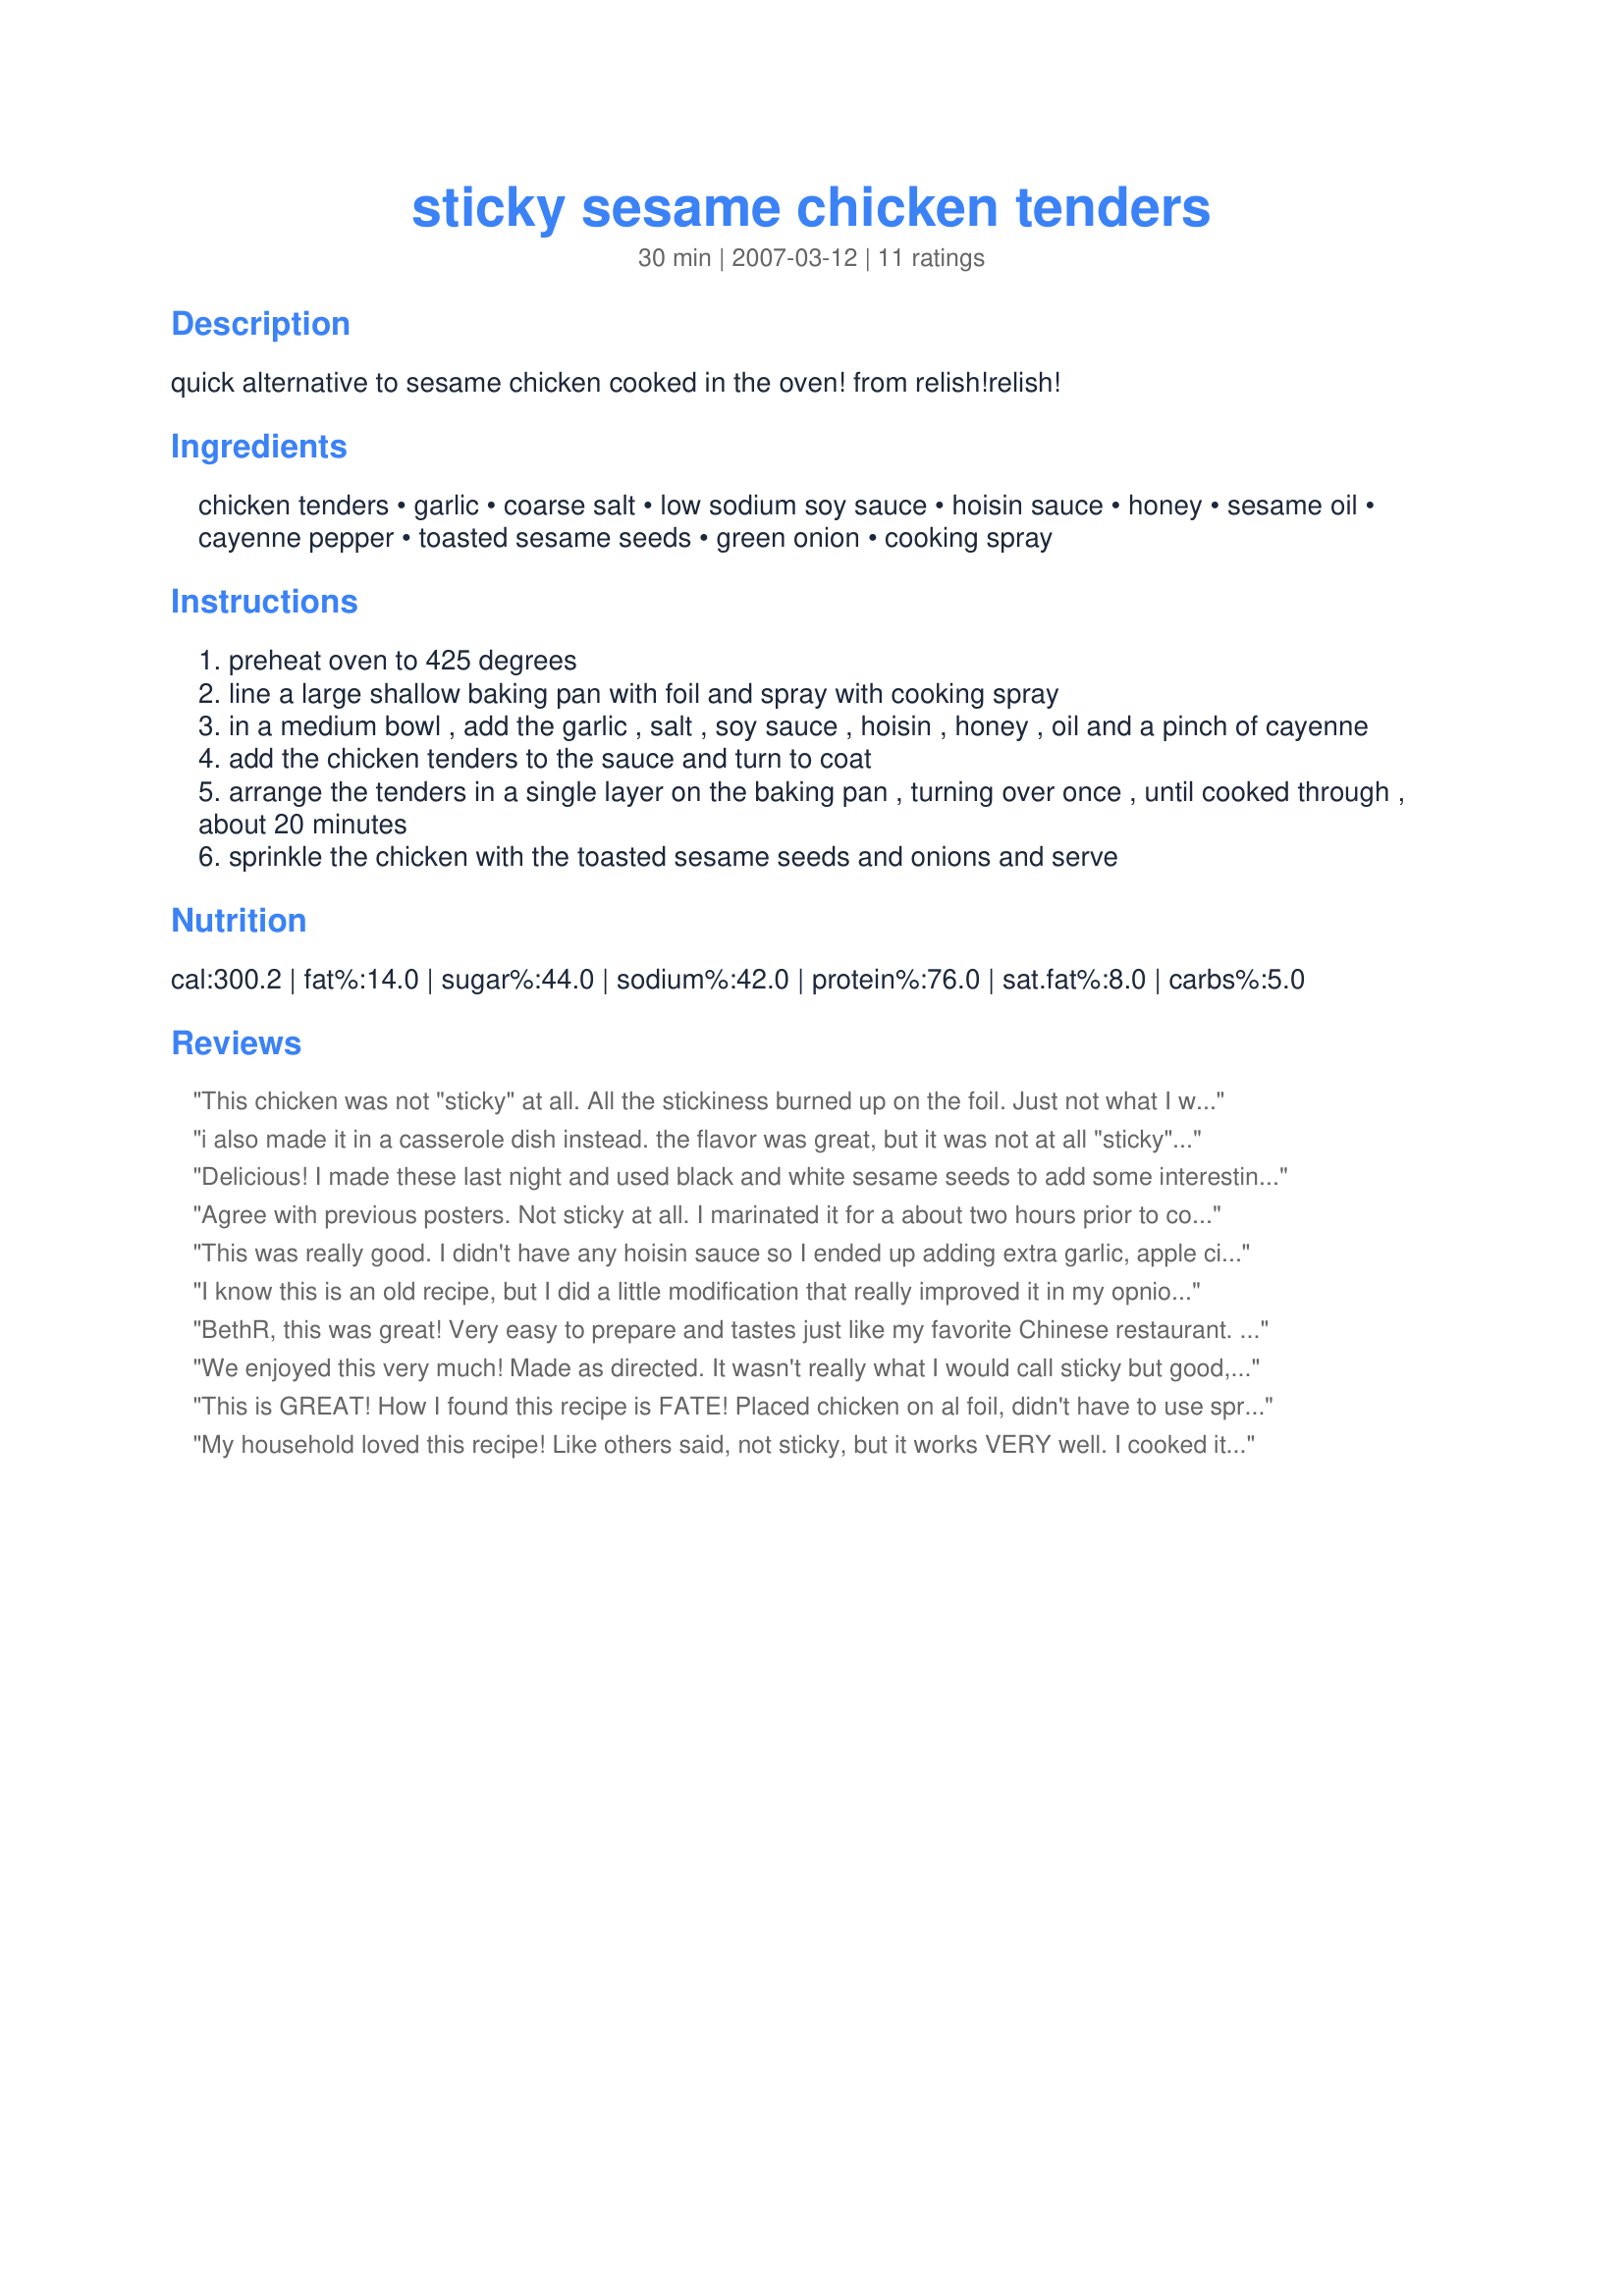
sticky sesame chicken tenders
Preparation time: 30 minutes

quick alternative to sesame chicken cooked in the oven! from relish!relish!

Ingredients:
chicken tenders, garlic, coarse salt, low sodium soy sauce, hoisin sauce, honey, sesame oil, cayenne pepper, toasted sesame seeds, green onion, cooking spray

Steps:
preheat oven to 425 degrees
line a large shallow baking pan with foil and spray with cooking spray
in a medium bowl , add the garlic , salt , soy sauce , hoisin , honey , oil and a pinch of cayenne
add the chicken tenders to the sauce and turn to coat
arrange the tenders in a single layer on the baking pan , turning over once , until cooked through , about 20 minutes
sprinkle the chicken with the toasted sesame seeds and onions and serve

Reviews:
This chicken was not "sticky" at all. All the stickiness burned up on the foil. Just not what I was expecting.
i also made it in a casserole dish instead. the flavor was great, but it was not at all "sticky". the sauce was very liquidy. i would have liked it better if the sauce was thicker.
Delicious! I made these last night and used black and white sesame seeds to add some interesting color. I made some Miso soup earlier, so these were a perfect compliment. Thanks for a great recipe!
Agree with previous posters. Not sticky at all. I marinated it for a about two hours prior to cooking. Baked in a casserole dish, instead of foil, based on previous posts. Still, the sauce stayed in the dish, not on the chicken. The flavor was good, however.
This was really good. I didn't have any hoisin sauce so I ended up adding extra garlic, apple cider vinegar, and about 1 T. of peanut butter. That seemed to help to thicken the sauce up a bit so it would stick to the chicken. I think you could use less soy sauce even. I loved the simplicity of the recipe though.
I know this is an old recipe, but I did a little modification that really improved it in my opnion. First off, this is a really good recipe. I was craving something sticky or crunchy and when I read the other reviews I decided to modify this one a bit.

I breaded the chicken tenderloins with Panko and placed them on a greased baking sheet. I put about half of the sauce on the top of each tenderloin and convection baked for 10 minutes. Then I flipped each tenderloin and poured the remaining sauce on each one and baked for the remaining 10 minutes.

They came out great! Both crunchy and sticky. The Panko absorved a lot of the flavor so some parts were strong. A little salty for our tastes. I think next time I will just leave out the salt. Served with white rice.
BethR, this was great! Very easy to prepare and tastes just like my favorite Chinese restaurant. Went by the recipe exactly. Thanks for sharing.
We enjoyed this very much! Made as directed. It wasn't really what I would call sticky but good, none the less. Had with steamed rice and veggies on the side. Served with a little soy sauce on top of all. It was a tasty meal. I think I might try it as an appetizer with wings and little drumsticks for our next football party. Thanks Beth!
This is GREAT!
How I found this recipe is FATE!
Placed chicken on al foil, didn't have to use spray!
This recipe MADE MY DAY!
My household loved this recipe! Like others said, not sticky, but it works VERY well. I cooked it in a wok instead of the oven, served it over rice and was considered a SHE-ro for spending less than 30 minutes in the kitchen!
It was not sticky at all but the taste was really good. I will definitely do it again. Maybe the next time I will cut the chicken tenders and cook them in a skillet. However, I love the taste of the sauce (it was just like the Asian restaurants here). Thanks!
